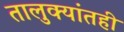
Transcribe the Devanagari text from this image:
तालुक्यांतही